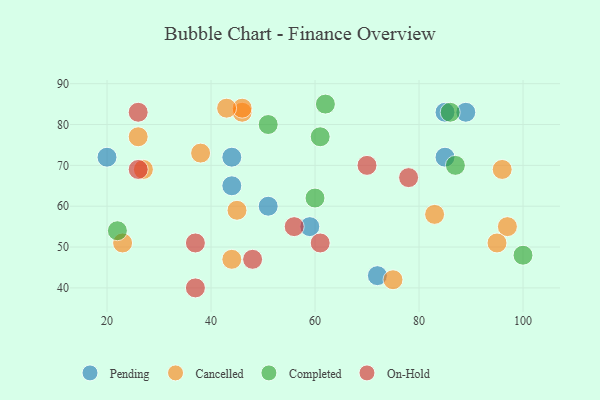
{"axis": {"x": "GDP", "y": "Life Expectancy"}, "legend": ["Cancelled", "Completed", "On-Hold", "Pending"], "data": [{"x": "44", "y": 65, "type": "Pending"}, {"x": "72", "y": 43, "type": "Pending"}, {"x": "59", "y": 55, "type": "Pending"}, {"x": "44", "y": 72, "type": "Pending"}, {"x": "85", "y": 72, "type": "Pending"}, {"x": "51", "y": 60, "type": "Pending"}, {"x": "89", "y": 83, "type": "Pending"}, {"x": "85", "y": 83, "type": "Pending"}, {"x": "20", "y": 72, "type": "Pending"}, {"x": "46", "y": 83, "type": "Cancelled"}, {"x": "38", "y": 73, "type": "Cancelled"}, {"x": "26", "y": 77, "type": "Cancelled"}, {"x": "46", "y": 84, "type": "Cancelled"}, {"x": "97", "y": 55, "type": "Cancelled"}, {"x": "96", "y": 69, "type": "Cancelled"}, {"x": "23", "y": 51, "type": "Cancelled"}, {"x": "43", "y": 84, "type": "Cancelled"}, {"x": "44", "y": 47, "type": "Cancelled"}, {"x": "27", "y": 69, "type": "Cancelled"}, {"x": "95", "y": 51, "type": "Cancelled"}, {"x": "75", "y": 42, "type": "Cancelled"}, {"x": "83", "y": 58, "type": "Cancelled"}, {"x": "45", "y": 59, "type": "Cancelled"}, {"x": "51", "y": 80, "type": "Completed"}, {"x": "22", "y": 54, "type": "Completed"}, {"x": "62", "y": 85, "type": "Completed"}, {"x": "100", "y": 48, "type": "Completed"}, {"x": "61", "y": 77, "type": "Completed"}, {"x": "86", "y": 83, "type": "Completed"}, {"x": "87", "y": 70, "type": "Completed"}, {"x": "60", "y": 62, "type": "Completed"}, {"x": "26", "y": 69, "type": "On-Hold"}, {"x": "37", "y": 51, "type": "On-Hold"}, {"x": "70", "y": 70, "type": "On-Hold"}, {"x": "48", "y": 47, "type": "On-Hold"}, {"x": "78", "y": 67, "type": "On-Hold"}, {"x": "26", "y": 83, "type": "On-Hold"}, {"x": "56", "y": 55, "type": "On-Hold"}, {"x": "61", "y": 51, "type": "On-Hold"}, {"x": "37", "y": 40, "type": "On-Hold"}]}